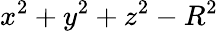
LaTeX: x^{2}+y^{2}+z^{2}-R^{2}